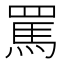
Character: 罵